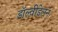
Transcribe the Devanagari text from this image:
डॉल्वीडेलन